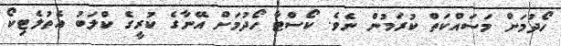
ހޯދުމަށް މަސައްކަތް ކުރަމުން ނެވެ. ކޯސްޓާ ހޯދުމަށް އޭނާގެ ކުރީގެ ކްލަބު އެތުލެޓިކޯ